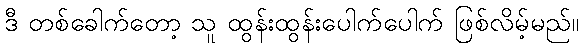
ဒီ တစ်ခေါက်တော့ သူ ထွန်းထွန်းပေါက်ပေါက် ဖြစ်လိမ့်မည်။